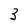
Character: 3